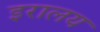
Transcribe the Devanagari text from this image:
इरालय